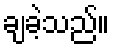
ချခဲ့သည်။